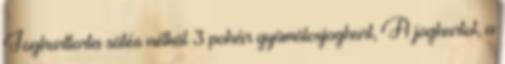
Joghurttorta sütés nélkül 3 pohár gyümölcsjoghurt, A joghurtot, a